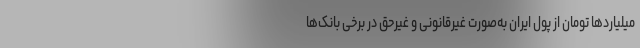
میلیاردها تومان از پول ایران به‌صورت غیرقانونی و غیرحق در برخی بانک‌ها